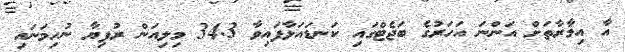
އާ އިމާރާތަށް އަންނަ އަހަރުގެ ބަޖެޓްގައި ކަނޑައަޅާފައިވާ 34.3 މިލިއަން ރުފިޔާ ނުހިމަނައި